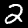
Digit: 2